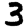
Digit: 3